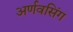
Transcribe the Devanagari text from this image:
अर्णवसिंग